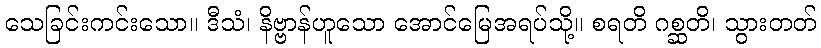
သေခြင်းကင်းသော။ ဒီသံ၊ နိဗ္ဗာန်ဟူသော အောင်မြေအရပ်သို့။ စရတိ ဂစ္ဆတိ၊ သွားတတ်